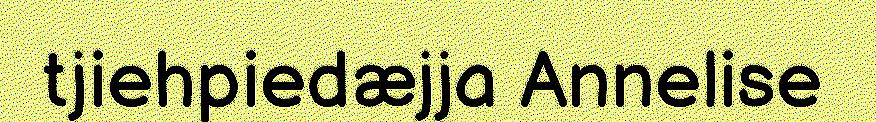
tjiehpiedæjja Annelise